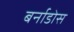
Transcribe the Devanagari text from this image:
बर्नाडोस